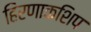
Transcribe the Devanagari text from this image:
हिरणाकशिप